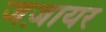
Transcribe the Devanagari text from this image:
जज़ायर